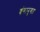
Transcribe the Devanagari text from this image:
वंगानुगत